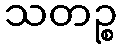
သတဉ္စ